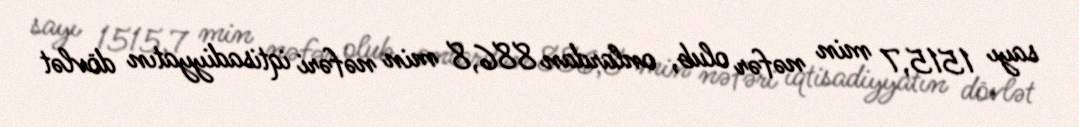
sayı 1515,7 min nəfər olub, onlardan 886,8 min nəfəri iqtisadiyyatın dövlət